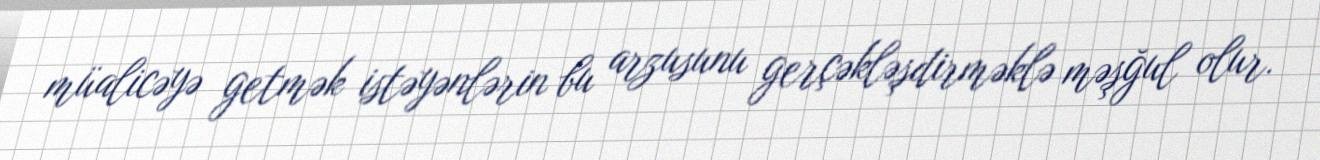
müalicəyə getmək istəyənlərin bu arzusunu gerçəkləşdirməklə məşğul olur.